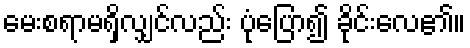
မေးစရာမရှိလျှင်လည်း ပုံပြော၍ ခိုင်းလေ၏။